Annual statistical returns and brief notes on vaccination in Bengal - 1909-1929
Year: 1909
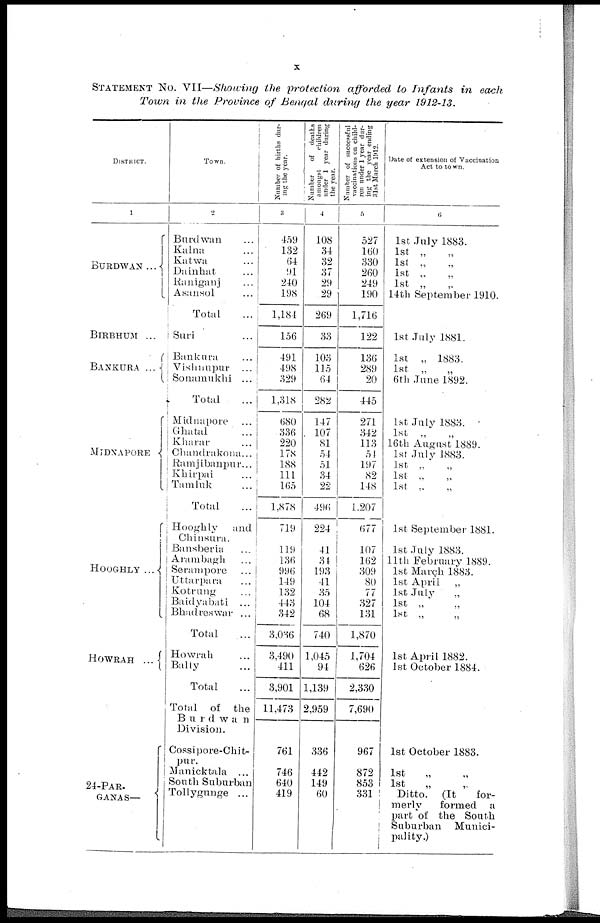
x
STATEMENT No. VII—Showing the protection afforded to Infants in each
Town in the Province of Bengal during the year 1912-13.
DISTRICT.
1
BURDWAN ...
BIRBHUM ...
BANKURA ...
MIDNAPORE
HOOGHLY ...
HOWRAH ...
24-PAR.
GANAS—
Town.
2
Burdwan ...
Kalna ...
Katwa ...
Dainhat ...
Raniganj ...
Asansol ...
Total ...
Suri ...
Bankura ...
Vishnupur ...
Sonamukhi ...
Total
Midnapore ...
Ghatal ...
Kharar ...
Chandrakona ...
Ramjibanpur ...
Khirpai ...
Tamluk ...
Total
...
Hooghly
and
Chinsura.
Bansberia ...
Arambagh ...
Serampore ...
Uttarpara ...
Kotrung ...
Baidyabati ...
Bhadreswar ...
Total ...
Howrah ...
Bally ...
Total ...
Total of the
Burdwan
Division.
Cossipore-Chit¬
pur.
Manicktala ...
South Suburban
Tollygunge ...
Number of births dur-
ing the year.
3
459
132
64
91
240
198
1,184
156
491
498
329
1,318
680
336
220
178
188
111
165
1,878
719
119
136
996
149
132
443
342
3,036
3,490
411
3,901
11,473
761
746
640
419
Number of
deaths
amongst
children
under 1 year during
the year.
4
108
34
32
37
29
29
269
33
103
115
64
282
147
107
81
54
51
34
22
496
224
41
34
193
41
35
104
68
740
1,045
94
1,139
2,959
336
442
149
60
Number of successful
vaccinations on child-
ren under 1 year dur-
ing the year ending
31st March 1912.
5
527
160
330
260
249
190
1,716
122
136
289
20
445
271
342
113
54
197
82
148
1,207
677
107
162
309
80
77
327
131
1,870
1,704
626
2,330
7,690
967
872
853
331
Date of extension of Vaccination
Act to town.
6
1st July 1883.
1st „ „
1st „ „
1st „ „
1st „ „
14th September 1910.
1st July 1881.
1st „ 1883.
1st „ „
6th June 1892.
1st July 1883.
1st „ „
16th August 1889.
1st July 1883.
1st „ „
1st „ „
1st „ „
1st September 1881.
1st July 1883.
11th February 1889.
1st March 1883.
1st April
„
1st July „
1st „ „
1st „ „
1st April 1882.
1st October 1884.
1st October 1883.
1st „ „
1st „ „
Ditto. (It
for-
merly
formed a
part of the South
Suburban Munici-
pality.)